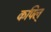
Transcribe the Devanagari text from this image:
कपिल्